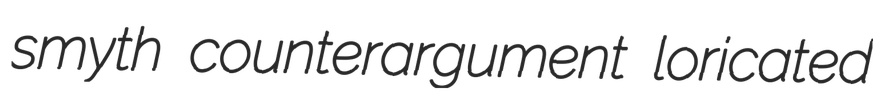
smyth counterargument loricated